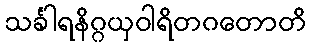
သင်္ခါရနိဂ္ဂယှဝါရိတဂတောတိ